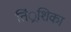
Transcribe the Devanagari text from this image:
तिं्रशिका